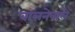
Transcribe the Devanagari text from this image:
बालनेवाले